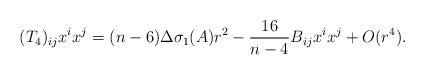
LaTeX: \begin{align*} (T_4)_{ij}x^ix^j = (n-6)\Delta\sigma_1(A)r^2-\frac{16}{n-4}B_{ij}x^ix^j+O(r^4).\end{align*}